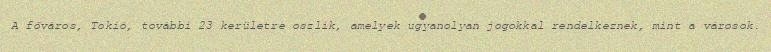
A főváros, Tokió, további 23 kerületre oszlik, amelyek ugyanolyan jogokkal rendelkeznek, mint a városok.